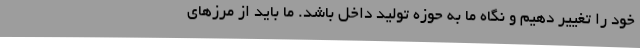
خود را تغییر دهیم و نگاه ما به حوزه تولید داخل باشد. ما باید از مرزهای